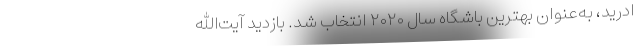
ادرید، به‌عنوان بهترین باشگاه سال ۲۰۲۰ انتخاب شد. بازدید آیت‌الله